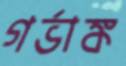
গর্ভাঙ্ক